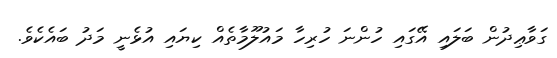
ގަވާޢިދުން ބަލައި އޭގައި ހުންނަ ހުރިހާ މައުލޫމާތެއް ކިޔައި އުޅެނީ މަދު ބައެކެވެ.